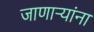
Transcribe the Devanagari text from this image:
जाणार्‍यांना